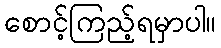
စောင့်ကြည့်ရမှာပါ။